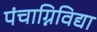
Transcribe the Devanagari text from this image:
पंचाग्निविद्या